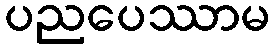
ပညပေဿာမ